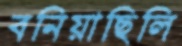
বনিয়াছিলি